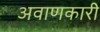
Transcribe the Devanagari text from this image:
अवाणकारी